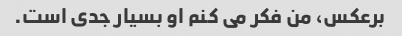
برعکس، من فکر می کنم او بسیار جدی است.